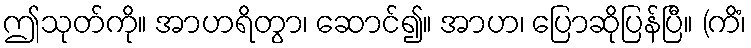
ဤသုတ်ကို။ အာဟရိတွာ၊ ဆောင်၍။ အာဟ၊ ပြောဆိုပြန်ပြီ။ (ကိံ၊